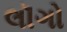
લૉગો